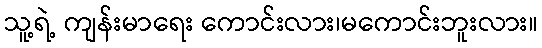
သူ့ရဲ့ ကျန်းမာရေး ကောင်းလား၊မကောင်းဘူးလား။